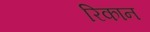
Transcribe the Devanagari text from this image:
रिकान